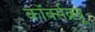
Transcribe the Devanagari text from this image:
कॉर्क्सक्र्यू